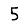
Digit: 5